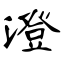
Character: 澄